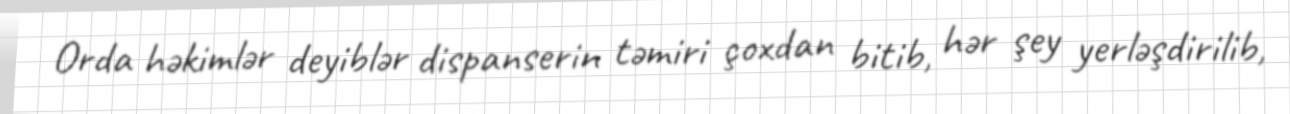
Orda həkimlər deyiblər dispanserin təmiri çoxdan bitib, hər şey yerləşdirilib,